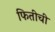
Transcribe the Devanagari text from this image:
फितीची